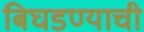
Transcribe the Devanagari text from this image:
बिघडण्याची